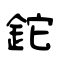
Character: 鉈